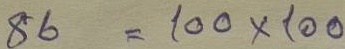
86 = 100 x 100